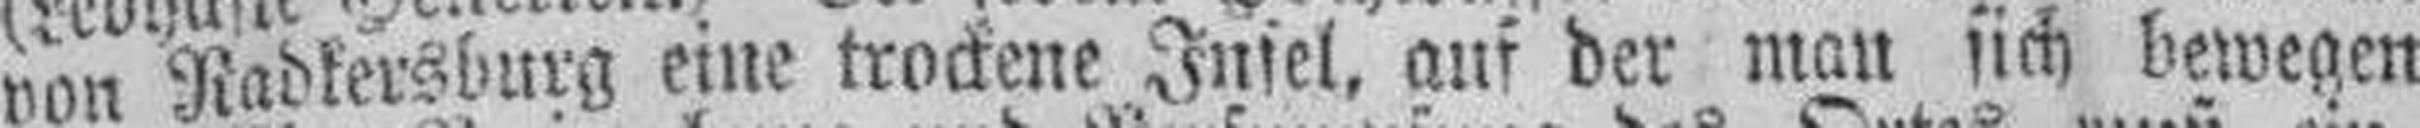
von Radkersburg eine trockene Insel, auf der man sich bewegen